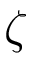
\zeta